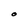
Character: O